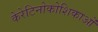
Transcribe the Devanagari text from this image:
केरेटिनोकोशिकाओं